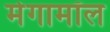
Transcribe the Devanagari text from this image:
मेगामॉल